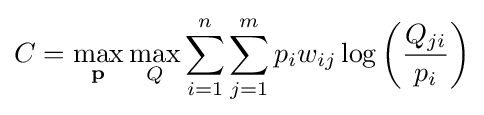
C=\max _{\mathbf {p} }\max _{Q}\sum _{i=1}^{n}\sum _{j=1}^{m}p_{i}w_{ij}\log \left({\dfrac {Q_{ji}}{p_{i}}}\right)